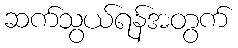
ဆက်သွယ်ရန်အတွက်